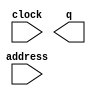
module stage3 (
	address,
	clock,
	q);

	input	[11:0]  address;
	input	  clock;
	output	[11:0]  q;
`ifndef ALTERA_RESERVED_QIS
// synopsys translate_off
`endif
	tri1	  clock;
`ifndef ALTERA_RESERVED_QIS
// synopsys translate_on
`endif

endmodule